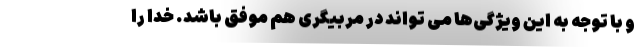
و با توجه به این ویژگی‌ها می تواند در مربیگری هم موفق باشد. خدا را